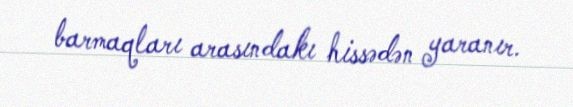
barmaqları arasındakı hissədən yaranır.